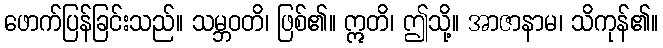
ဖောက်ပြန်ခြင်းသည်။ သမ္ဘဝတိ၊ ဖြစ်၏။ ဣတိ၊ ဤသို့။ အာဇာနာမ၊ သိကုန်၏။